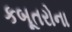
કબૂતરોના